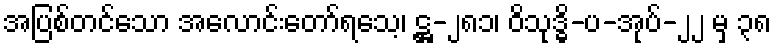
အပြစ်တင်သော အလောင်းတော်ရသေ့၊ ဋ္ဌ-၂၈၁၊ ဝိသုဒ္ဓိ-ပ-အုပ်-၂၂ မှ ၃၈